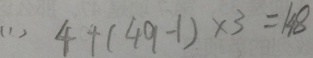
( 1 ) 4 + ( 4 9 - 1 ) \times 3 = 1 4 8